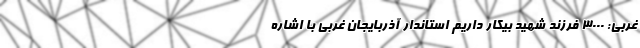
غربی: ۳٠٠٠ فرزند شهید بیکار داریم استاندار آذربایجان غربی با اشاره